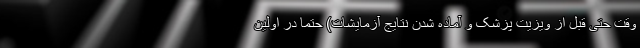
وقت حتی قبل از ویزیت پزشک و آماده شدن نتایج آزمایشات) حتما در اولین